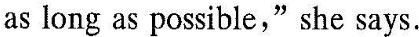
as long as possible ,"she says